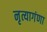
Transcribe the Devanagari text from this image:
नृत्यागंणा